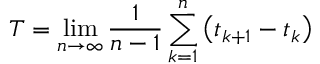
T = \operatorname* { l i m } _ { n \rightarrow \infty } \frac { 1 } { n - 1 } \sum _ { k = 1 } ^ { n } \left( t _ { k + 1 } - t _ { k } \right)